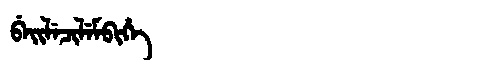
Manchu: ᠪᡝᡳᠯᡝᠴᡳᠯᡝᠮᠪᡳᡥᡝ
Romanization: BEILECILEMBIHE